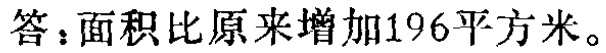
答：面积比原来增加196平方米。